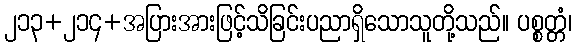
၂၁၃+၂၁၄+အပြားအားဖြင့်သိခြင်းပညာရှိသောသူတို့သည်။ ပစ္စတ္တံ၊